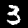
Label: 3